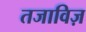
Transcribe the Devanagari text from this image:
तजाविज़